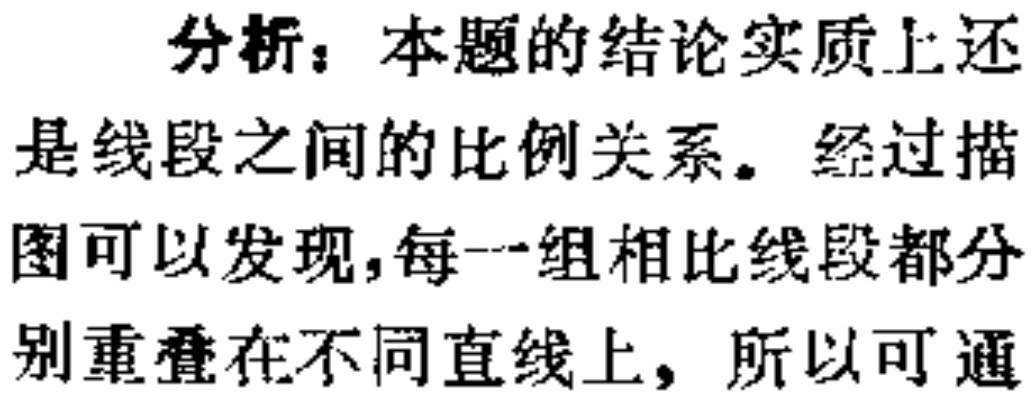
分析：本题的结论实质上还
是线段之间的比例关系。经过描
图可以发现，每一组相比线段都分
别重叠在不同直线上，所以可通